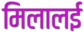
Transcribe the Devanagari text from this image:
मिलालई